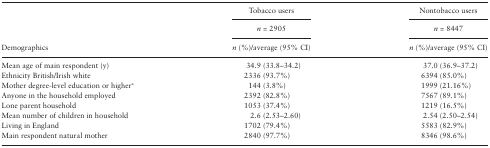
<table><thead><tr><td rowspan="2"></td><td><b>Tobacco users</b></td><td><b>Nontobacco users</b></td></tr><tr><td><b><i>n</i> = 2905</b></td><td><b><i>n</i> = 8447</b></td></tr><tr><td><b>Demographics</b></td><td><b><i>n</i> (%)/average (95% CI)</b></td><td><b><i>n</i> (%)/average (95% CI)</b></td></tr></thead><tbody><tr><td>Mean age of main respondent (y)</td><td>34.9 (33.8–34.2)</td><td>37.0 (36.9–37.2)</td></tr><tr><td>Ethnicity British/Irish white</td><td>2336 (93.7%)</td><td>6394 (85.0%)</td></tr><tr><td>Mother degree-level education or higher<sup>a</sup></td><td>144 (3.8%)</td><td>1999 (21.16%)</td></tr><tr><td>Anyone in the household employed</td><td>2392 (82.8%)</td><td>7567 (89.1%)</td></tr><tr><td>Lone parent household</td><td>1053 (37.4%)</td><td>1219 (16.5%)</td></tr><tr><td>Mean number of children in household</td><td>2.6 (2.53–2.60)</td><td>2.54 (2.50–2.54)</td></tr><tr><td>Living in England</td><td>1702 (79.4%)</td><td>5583 (82.9%)</td></tr><tr><td>Main respondent natural mother</td><td>2840 (97.7%)</td><td>8346 (98.6%)</td></tr></tbody></table>